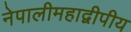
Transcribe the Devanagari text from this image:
नेपालीमहाद्वीपीय